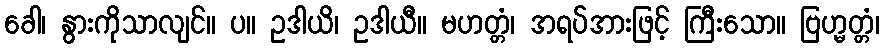
ခေါ၊ နွားကိုသာလျင်။ ပ။ ဥဒါယိ၊ ဥဒါယီ။ မဟတ္တံ၊ အရပ်အားဖြင့် ကြီးသော။ ဗြဟ္မတ္တံ၊